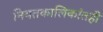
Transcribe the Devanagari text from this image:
नियतकालिकांतही